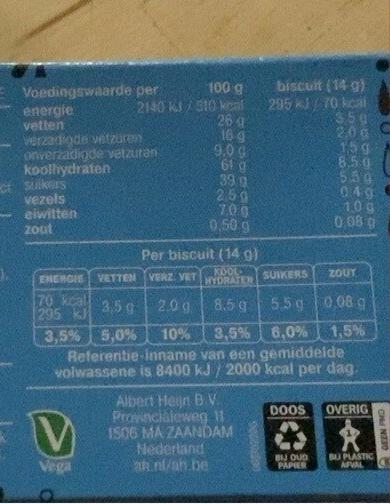
Voedingswaarde per
energie vetten
verzadigde vetzuren onverzadigde vetzuren koolhydraten
ct suikers
vezels
eiwitten zout
100 g
2140 kJ/510 kcal 26 g 16 g
ENERGIE VETTEN VERZ. VET
70 kcal
295 kJ
V
Vega
9.0 9
61 g
39.9
2,50
7,00
0,50 g
Per biscuit (14 g)
KOOLS HYDRATER
SUIKERS
3,5 g
2.09 8.5 g
5.5 g
0,08 g
3,5% 5,0% 10% 3,5%
6,0% 1,5%
Referentie-inname van een gemiddelde volwassene is 8400 kJ/2000 kcal per dag.
Albert Heijn B.V. Provincialeweg 11 1506 MA ZAANDAM Nederland an.nl/ah.be
biscuit (14 g)
295 kJ/70 kcal 350
20g
S02E0
DOOS
1,5 g
8.5
55
BU OUD PAPIER
049
10g
0,08 g
ZOUT
OVERIG
BU PLASTIC AFVAL
GEEN PMD